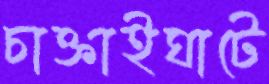
চাক্তাইঘাটে